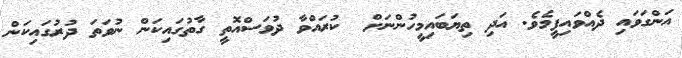
އަންގަވައި ދެއްވައިފީމެވެ. އަދި ތިޔަބައިމީހުންނަށް  ކުރައްވާ ދުވަސްއޮތީ ގާތުގައިކަން ނުވަތަ ދުރުގައިކަން